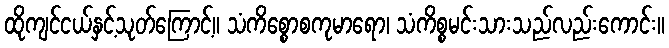
ထိုကျင်ငယ်နှင့်သုတ်ကြောင့်။ သံကိစ္စောစကုမာရော၊ သံကိစ္စမင်းသားသည်လည်းကောင်း။